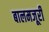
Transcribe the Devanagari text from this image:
बालमजूरी